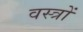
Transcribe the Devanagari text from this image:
वस्‍त्रों